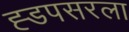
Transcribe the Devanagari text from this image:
ह्डपसरला